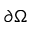
\partial \Omega